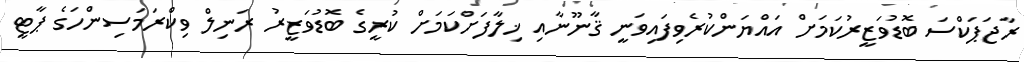
ރާޖަޕަކްސަ ބޮޑުވަޒީރުކަމަށް އައްޔަންކުރެވިފައިވަނީ ޤާނޫނާއި ޚިލާފަށްކަމަށް ކުރީގެ ބޮޑުވަޒީރު ރަނިލް ވިކްރަމަސިންހަގެ ޕާޓީ